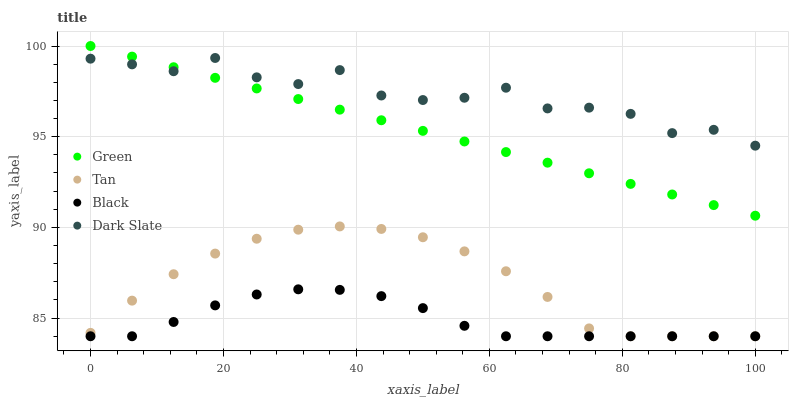
| xaxis_label | Green | Tan | Black | Dark Slate |
 | --- | --- | --- | --- | --- |
 | 0 | 100 | 84.2 | 84 | 99.3 |
 | 6.25 | 99.4 | 86 | 84 | 99 |
 | 12.5 | 98.8 | 87.4 | 84.8 | 98.6 |
 | 18.8 | 98.2 | 88.6 | 85.7 | 99.3 |
 | 25 | 97.7 | 89.4 | 86.3 | 98.3 |
 | 31.2 | 97.1 | 89.9 | 86.6 | 97.9 |
 | 37.5 | 96.5 | 90.1 | 86.6 | 98.7 |
 | 43.8 | 95.9 | 89.9 | 86.2 | 97.3 |
 | 50 | 95.3 | 89.5 | 85.6 | 97 |
 | 56.2 | 94.7 | 88.7 | 84.6 | 97.1 |
 | 62.5 | 94.2 | 87.6 | 84 | 97.7 |
 | 68.8 | 93.6 | 86.2 | 84 | 96.6 |
 | 75 | 93 | 84.4 | 84 | 96.6 |
 | 81.2 | 92.4 | 84 | 84 | 96.3 |
 | 87.5 | 91.8 | 84 | 84 | 95.2 |
 | 93.8 | 91.2 | 84 | 84 | 95.4 |
 | 100 | 90.6 | 84 | 84 | 94.5 |